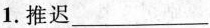
1.推迟___